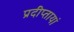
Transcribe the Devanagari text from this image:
प्रदीप्तायां